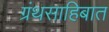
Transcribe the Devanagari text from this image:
ग्रंथसाहिबात